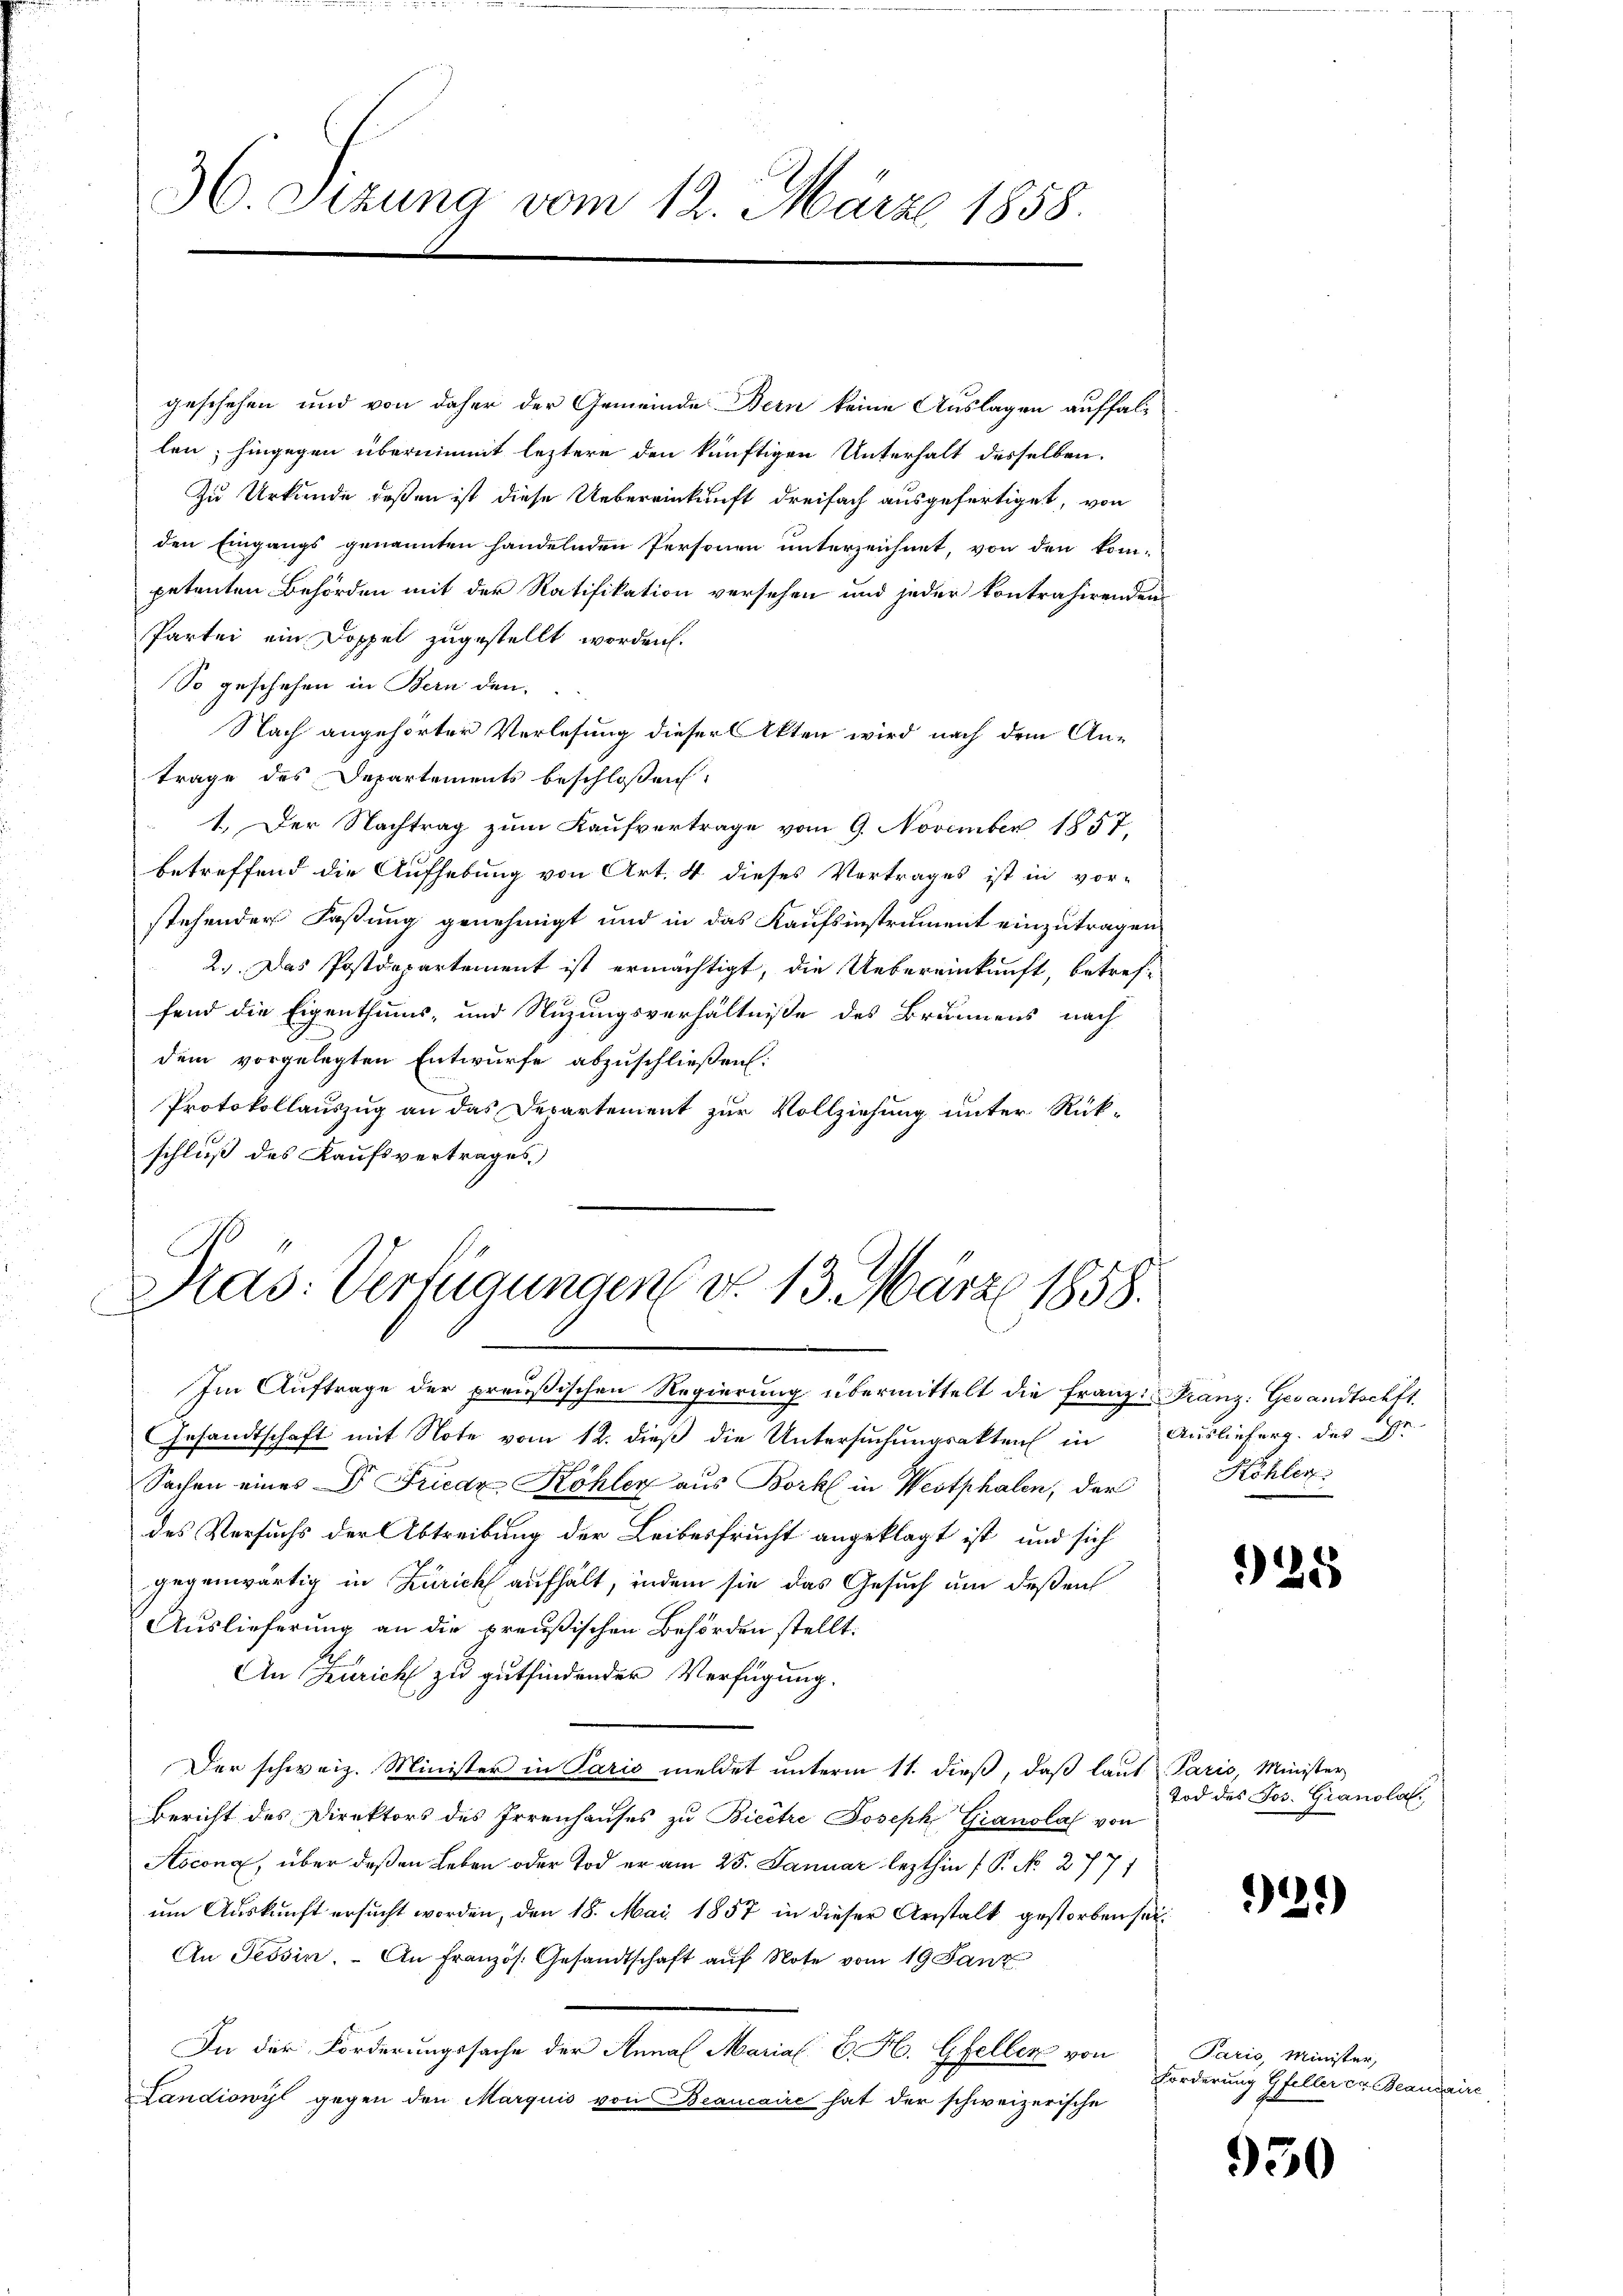
36. Sizung vom 12. März 1858.

Zu Urkunde deßen ist diese Uebereinkunft dreifach ausgefertiget, von
Partei ein Doppel zugestellt worden.
So geschehen in Bern den
Nach angehörter Verlesung dieser Akten wird nach dem An-
trage des Departements beschlossen:
1. Der Nachtrag zum Kaufvertrage vom 9. November 1857.
betreffend die Aufhebung von Art. 4 dieses Vertrages ist in vor-
stehender Faßung genehmigt und in das Kaufsinstrument einzutragen.
2.) Das Postdepartement ist ermächtigt, die Uebereinkunft, betref-
fend die Eigenthums- und Stuzungsverhältnisse des Brunnens nach
dem vorgelegten Entwurfe abzuschließen.
Protokollauszug an das Departement zur Vollziehung unter Rükschluß des Kaufsvertrages

Pras: Verfügungen d. 13. März 1858.

geschehen und von daher der Gemeinde Bern keine Auslagen auffallen; hingegen übernimmt leztere den künftigen Unterhalt desselben.
den Eingangs genannten handelnden Personen unterzeichnet, von den kom-
petenten Behörden mit der Ratifikation versehen und jeder kontrahirenden

Im Auftrage der preußischen Regierung übermittelt die Franz- u Franz: Gesandtschft
Gesandtschaft mit Note vom 12. dieß die Untersuchungsakten in Auslieferg. des Gr
Sachen eines Dr. Friede Köhler aus Bork in Westphalen, der Köhler
des Versuchs der Abtreibung der Leibesfrucht angeklagt ist, und sich
gegenwärtig in Zürich aufhält, indem sie das Gesuch um deßen
Auslieferung an die preußischen Behörden stellt.
An Zürich zu gutfindender Verfügung.
Der schweiz. Minister in Paris meldet unterm 11. dieß, daß laut Paris, Minister
Bericht des Direktors des Irrenhauses zu Bieêtre Joseph Granolas von
Aocong, über deßen Leben oder Tod er am 25. Januar lezthin (P. No. 2771
um Auskunft ersucht worden, den 18. Mai 1857 in dieser Anstalt gestorben sei¬
An Tessin. An Französ. Gesandtschaft aŭf Note vom 19 Janz
In der Forderungssache der Anna Marial E. H. Gfeller von
Landiowyl gegen den Marquis von Beaucaire hat der schweizerische

925

Tod des Jos. Gianola.

21)

Paris, Minister,
Forderung Gfeller er Beaudaire

950